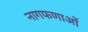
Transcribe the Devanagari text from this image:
नागफणाओं